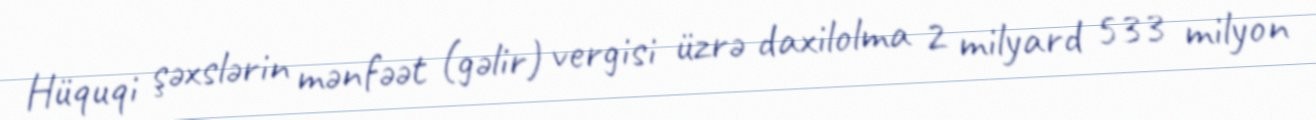
Hüquqi şəxslərin mənfəət (gəlir) vergisi üzrə daxilolma 2 milyard 533 milyon